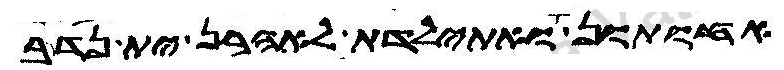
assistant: אחותון ואתילדת לאהרן ית נדב